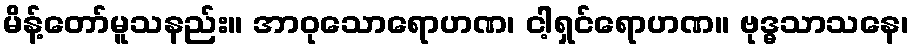
မိန့်တော်မူသနည်း။ အာဝုသောရောဟဏ၊ ငါ့ရှင်ရောဟဏ။ ဗုဒ္ဓသာသနေ၊